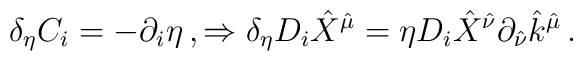
\delta_{\eta}C_{i}=-\partial_{i}\eta\, ,\Rightarrow  \delta_{\eta} D_{i}\hat{X}^{\hat{\mu}}=\eta D_{i}\hat{X}^{\hat{\nu}}\partial_{\hat{\nu}}\hat{k}^{\hat{\mu}}\, .